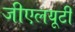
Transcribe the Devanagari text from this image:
जीएलयूटी